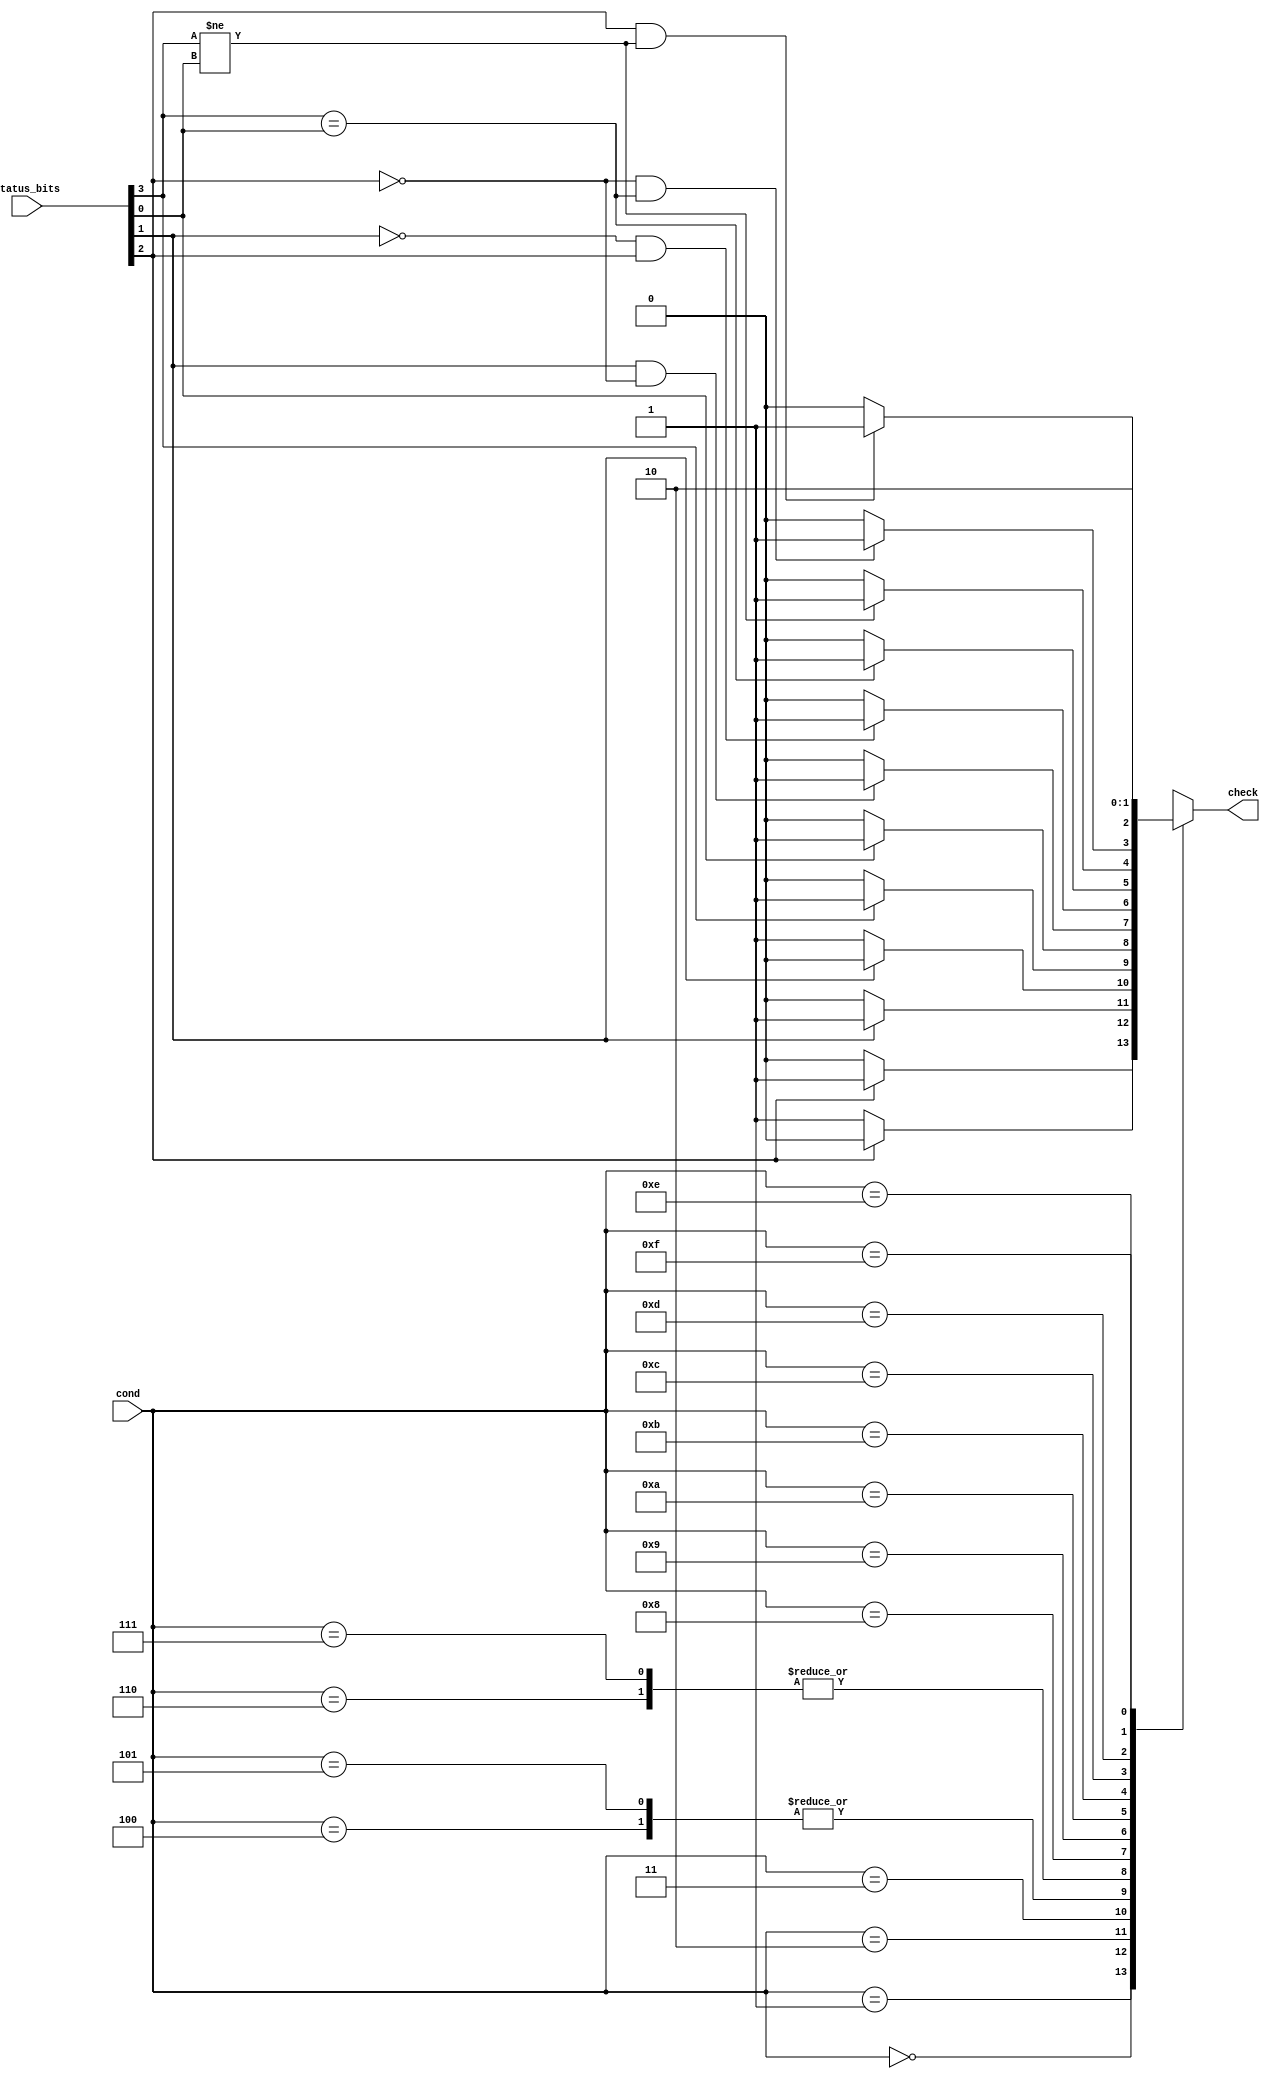
`timescale 1ps/1ps
module Condition_check(input [3:0]cond,input [3:0]status_bits,output reg check);
/*  status => |N|Z|C|V|
    0 => V
    1 => C
    2 => Z
    3 => N */
  always @(*) begin
    case (cond)
      4'b0000:  check = (status_bits[2]) ? 1 : 0;
      4'b0001:  check = (~status_bits[2]) ? 1 : 0;   
      4'b0010:  check = (status_bits[1]) ? 1 : 0;
      4'b0011:  check = (~status_bits[1]) ? 1 : 0;   
      4'b0100:  check = (status_bits[3]) ? 1 : 0;
      4'b0101:  check = (status_bits[3]) ? 1 : 0;   
      4'b0110:  check = (status_bits[0]) ? 1 : 0;
      4'b0111:  check = (status_bits[0]) ? 1 : 0;
      4'b1000:  check = (status_bits[1] && ~status_bits[2]) ? 1 : 0;
      4'b1001:  check = (~status_bits[1] && status_bits[2]) ? 1 : 0;
      4'b1010:  check = (status_bits[3] == status_bits[0]) ? 1 : 0;
      4'b1011:  check = (status_bits[3] != status_bits[0]) ? 1 : 0;
      4'b1100:  check = (~status_bits[2] && status_bits[3] == status_bits[0]) ? 1 : 0;
      4'b1101:  check = (status_bits[2] && status_bits[3] != status_bits[0]) ? 1 : 0;
      4'b1110:  check = 1;
      4'b1111:  check = 0;
      default:  check = 0;
    endcase
  end   
endmodule